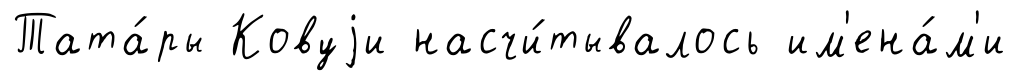
Тата́ры Ковуjи насчи́тывалось им'ена́м'и